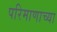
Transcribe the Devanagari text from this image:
परिमाणाच्या